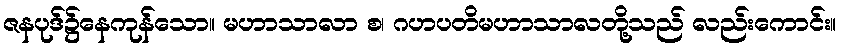
ဇနပုဒ်၌နေကုန်သော။ မဟာသာလာ စ၊ ဂဟပတိမဟာသာလတို့သည် လည်းကောင်း။